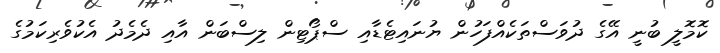
ކޮމޮލީ ބުނީ އޭގެ ދުވަސްތަކެއްފަހުން ޔުނައިޓެޑާއި ސްޕޯޓިން ލިސްބަން އާއި ދެމެދު އެކުވެރިކަމުގެ